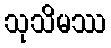
သုသိမဿ